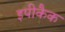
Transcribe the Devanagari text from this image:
इपीकैक